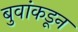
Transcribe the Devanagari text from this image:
बुवांकडून